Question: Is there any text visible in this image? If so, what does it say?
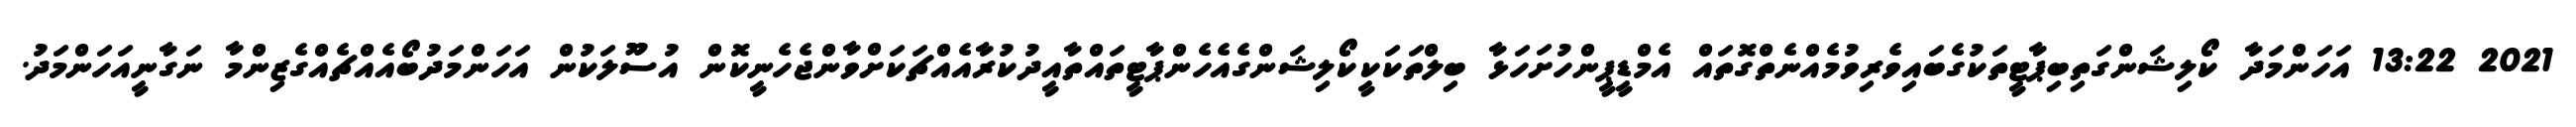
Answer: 2021 13:22 އަހަންމަދާ ކޯލިޝަންގަތިބިޕާޓީތަކުގެބައިވެރިވުމެއްނެތްގޮތައް އެމްޑީޕީންހުށަހަޅާ ބިލްތަކަކީކޯލިޝަންގެއެހެންޕާޓީތައްތާއީދުކުރާއެއްޗަކަށްވާންޖެހެނީކޮން އުސޫލަކުން އަހަންމަދުބޯއެއްޗެއްގެޒިންމާ ނަގާނީއަހަންމަދު.